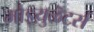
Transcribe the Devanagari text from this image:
मोड्य़ुळॆटर्स